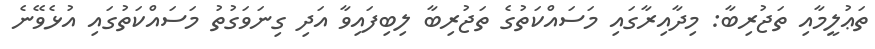
ތަޢުލީމާއި ތަޖުރިބާ: މިދާއިރާގައި މަސައްކަތުގެ ތަޖުރިބާ ލިބިފައިވާ އަދި ގިނަވަގުތު މަސައްކަތުގައި އުޅެވޭނެ